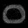
Digit: ၀